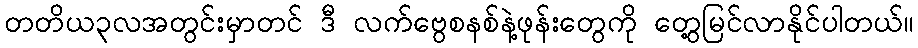
တတိယ၃လအတွင်းမှာတင် ဒီ လက်ဗွေစနစ်နဲ့ဖုန်းတွေကို တွေ့မြင်လာနိုင်ပါတယ်။